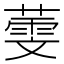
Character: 𦻱